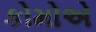
કોમોએ